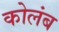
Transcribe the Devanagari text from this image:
कोलंब